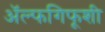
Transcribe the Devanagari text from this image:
ॲल्फगिफूशी